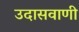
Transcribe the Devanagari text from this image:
उदासवाणी